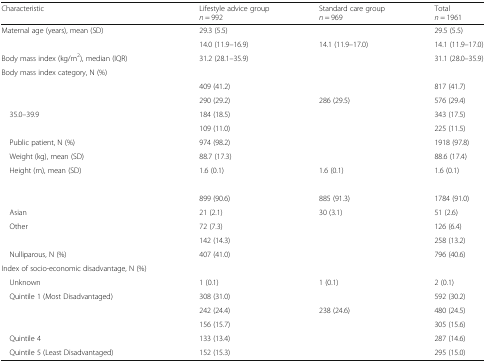
<table><thead><tr><td><b>Characteristic</b></td><td><b>Lifestyle advice group <i>n</i> = 992</b></td><td><b>Standard care group <i>n</i> = 969</b></td><td><b>Total <i>n</i> = 1961</b></td></tr></thead><tbody><tr><td>Maternal age (years), mean (SD)</td><td>29.3 (5.5)</td><td>[EMPTY_CELL]</td><td>29.5 (5.5)</td></tr><tr><td>[EMPTY_CELL]</td><td>14.0 (11.9–16.9)</td><td>14.1 (11.9–17.0)</td><td>14.1 (11.9–17.0)</td></tr><tr><td>Body mass index (kg/m<sup>2</sup>), median (IQR)</td><td>31.2 (28.1–35.9)</td><td>[EMPTY_CELL]</td><td>31.1 (28.0–35.9)</td></tr><tr><td colspan="4">Body mass index category, N (%)</td></tr><tr><td>[EMPTY_CELL]</td><td>409 (41.2)</td><td>[EMPTY_CELL]</td><td>817 (41.7)</td></tr><tr><td>[EMPTY_CELL]</td><td>290 (29.2)</td><td>286 (29.5)</td><td>576 (29.4)</td></tr><tr><td> 35.0–39.9</td><td>184 (18.5)</td><td>[EMPTY_CELL]</td><td>343 (17.5)</td></tr><tr><td>[EMPTY_CELL]</td><td>109 (11.0)</td><td>[EMPTY_CELL]</td><td>225 (11.5)</td></tr><tr><td> Public patient, N (%)</td><td>974 (98.2)</td><td>[EMPTY_CELL]</td><td>1918 (97.8)</td></tr><tr><td> Weight (kg), mean (SD)</td><td>88.7 (17.3)</td><td>[EMPTY_CELL]</td><td>88.6 (17.4)</td></tr><tr><td> Height (m), mean (SD)</td><td>1.6 (0.1)</td><td>1.6 (0.1)</td><td>1.6 (0.1)</td></tr><tr><td colspan="4">[EMPTY_CELL]</td></tr><tr><td>[EMPTY_CELL]</td><td>899 (90.6)</td><td>885 (91.3)</td><td>1784 (91.0)</td></tr><tr><td> Asian</td><td>21 (2.1)</td><td>30 (3.1)</td><td>51 (2.6)</td></tr><tr><td> Other</td><td>72 (7.3)</td><td>[EMPTY_CELL]</td><td>126 (6.4)</td></tr><tr><td>[EMPTY_CELL]</td><td>142 (14.3)</td><td>[EMPTY_CELL]</td><td>258 (13.2)</td></tr><tr><td> Nulliparous, N (%)</td><td>407 (41.0)</td><td>[EMPTY_CELL]</td><td>796 (40.6)</td></tr><tr><td colspan="4">Index of socio-economic disadvantage, N (%)</td></tr><tr><td> Unknown</td><td>1 (0.1)</td><td>1 (0.1)</td><td>2 (0.1)</td></tr><tr><td> Quintile 1 (Most Disadvantaged)</td><td>308 (31.0)</td><td>[EMPTY_CELL]</td><td>592 (30.2)</td></tr><tr><td>[EMPTY_CELL]</td><td>242 (24.4)</td><td>238 (24.6)</td><td>480 (24.5)</td></tr><tr><td>[EMPTY_CELL]</td><td>156 (15.7)</td><td>[EMPTY_CELL]</td><td>305 (15.6)</td></tr><tr><td> Quintile 4</td><td>133 (13.4)</td><td>[EMPTY_CELL]</td><td>287 (14.6)</td></tr><tr><td> Quintile 5 (Least Disadvantaged)</td><td>152 (15.3)</td><td>[EMPTY_CELL]</td><td>295 (15.0)</td></tr></tbody></table>